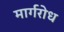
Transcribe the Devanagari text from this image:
मार्गरोध